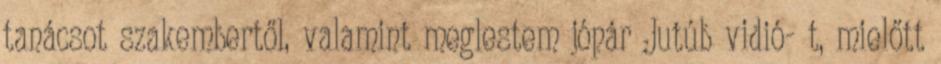
tanácsot szakembertől, valamint meglestem jópár Jutúb vidió- t, mielőtt